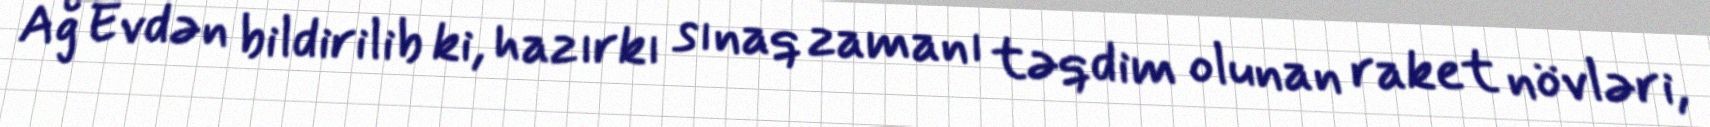
Ağ Evdən bildirilib ki, hazırkı sınaq zamanı təqdim olunan raket növləri,